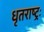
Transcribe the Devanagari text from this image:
धृतराष्ट्रः